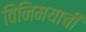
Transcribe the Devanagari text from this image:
विनिमयाची